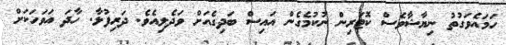
ހަމައެވަގުތު ނިޔާޝާވެސް ކޮޓަރިން ނުކުމެގެން އައިސް ބަދިގެއަށް ވަދެލިއެވެ. ދަރިފުޅާ. ހާދަ އަވަހަކަށް